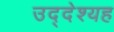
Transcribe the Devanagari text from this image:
उद्देश्यह